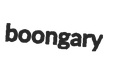
boongary